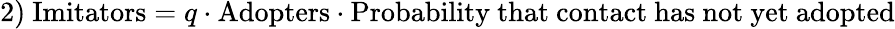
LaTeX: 2)\ {\mathrm{Imitators}}=q\cdot{\mathrm{Adopters}}\cdot{\mathrm{Probability~that~contact~has~not~yet~adopted}}